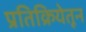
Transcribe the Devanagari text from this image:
प्रतिक्रियेतून